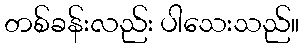
တစ်ခန်းလည်း ပါသေးသည်။